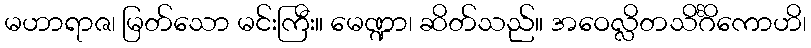
မဟာရာဇ၊ မြတ်သော မင်းကြီး။ မေဏ္ဍာ၊ ဆိတ်သည်။ အဝေလ္လိတသိင်္ဂိကောဟိ၊